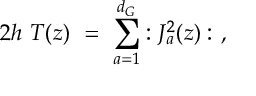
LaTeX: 2 h \ T ( z ) \ = \ \sum _ { a = 1 } ^ { d _ { G } } : J _ { a } ^ { 2 } ( z ) : \ ,